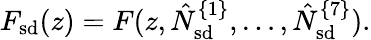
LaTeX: F_{\mathrm{sd}}(z)=F(z,\hat{N}_{\mathrm{sd}}^{\{ 1\} },\ldots,\hat{N}_{\mathrm{sd}}^{\{ 7\} }).